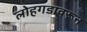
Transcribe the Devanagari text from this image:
लोहगडावरून